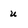
Character: u